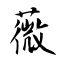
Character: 薇